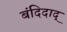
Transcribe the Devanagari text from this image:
बंदिदाद्